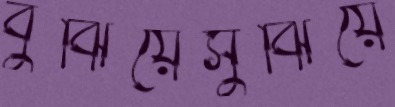
বুঝিয়েসুঝিয়ে